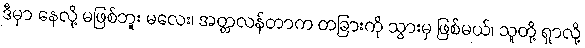
ဒီမှာ နေလို့ မဖြစ်ဘူး မလေး၊ အတ္တလန်တာက တခြားကို သွားမှ ဖြစ်မယ်၊ သူတို့ ရှာလို့